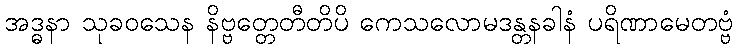
အဒ္ဓနာ သုခဝသေန နိဗ္ဗတ္တေတီတိပိ ကေသလောမဒန္တနခါနံ ပရိဏာမေတဗ္ဗံ